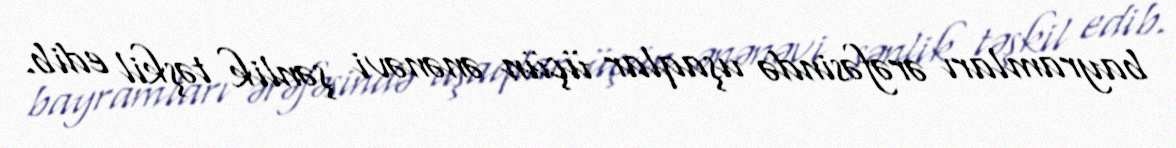
bayramları ərəfəsində uşaqlar üçün ənənəvi şənlik təşkil edib.